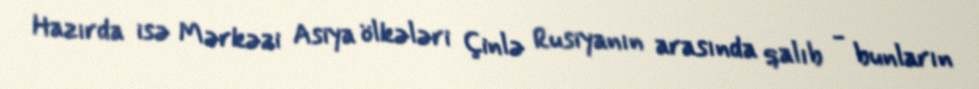
Hazırda isə Mərkəzi Asiya ölkələri Çinlə Rusiyanın arasında qalıb - bunların